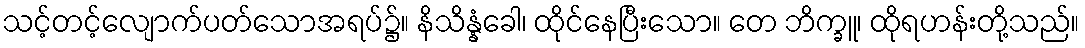
သင့်တင့်လျောက်ပတ်သောအရပ်၌။ နိသိန္နံခေါ၊ ထိုင်နေပြီးသော။ တေ ဘိက္ခူ၊ ထိုရဟန်းတို့သည်။